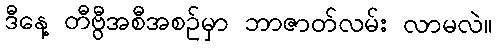
ဒီနေ့ တီဗွီအစီအစဉ်မှာ ဘာဇာတ်လမ်း လာမလဲ။